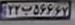
۲۲ب۵۶۶۶۷